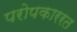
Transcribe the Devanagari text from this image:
परोपकाररत